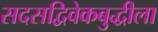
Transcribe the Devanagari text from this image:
सदसद्विवेकबुद्धीला